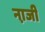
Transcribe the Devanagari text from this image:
ना़जी